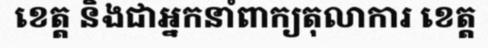
ខេត្ត និងជាអ្នកនាំពាក្យតុលាការ ខេត្ត